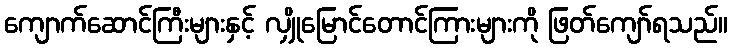
ကျောက်ဆောင်ကြီးများနှင့် လျှိုမြောင်တောင်ကြားများကို ဖြတ်ကျော်ရသည်။